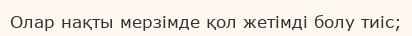
Олар нақты мерзімде қол жетімді болу тиіс;